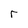
Character: r